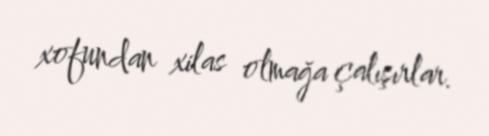
xofundan xilas olmağa çalışırlar.